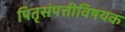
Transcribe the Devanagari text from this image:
पितृसंपत्तीविषयक